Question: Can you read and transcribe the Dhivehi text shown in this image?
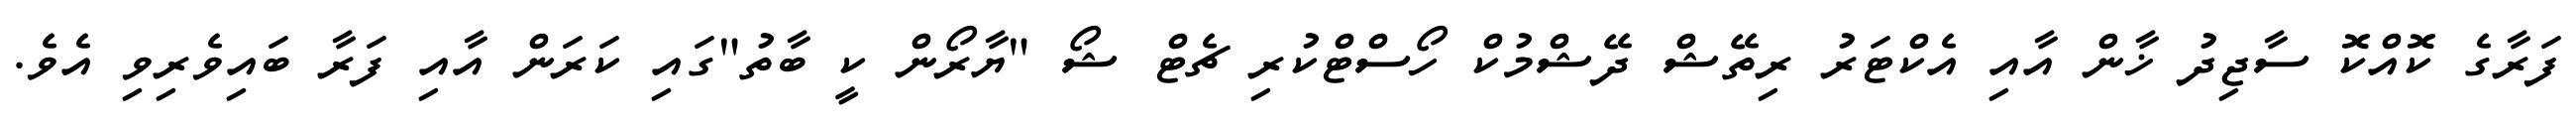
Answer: ފަރާގެ ކޮއްކޮ ސާޖިދު ޚާން އާއި އެކްޓަރު ރިތޭޝް ދޭޝްމުކް ހޯސްޓްކުރި ޗެޓް ޝޯ "ޔާރޯން ކީ ބާތު"ގައި ކަރަން އާއި ފަރާ ބައިވެރިވި އެވެ.